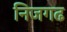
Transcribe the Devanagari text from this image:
निजगढ